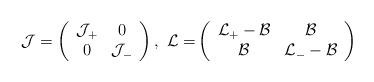
LaTeX: \begin{align*}\mathcal{J}=\left(\begin{array}[c]{cc}\mathcal{J}_{+} & 0\\0 & \mathcal{J}_{-}\end{array}\right) ,\ \mathcal{L=}\left(\begin{array}[c]{cc}\mathcal{L}_{+}-\mathcal{B} & \mathcal{B}\\\mathcal{B} & \mathcal{L}_{-}-\mathcal{B}\end{array}\right) \end{align*}